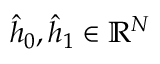
\hat { h } _ { 0 } , \hat { h } _ { 1 } \in \mathbb { R } ^ { N }